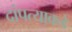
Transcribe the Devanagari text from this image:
दांपत्याकडे